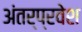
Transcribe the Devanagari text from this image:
अंतर्प्रवेश